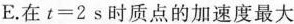
E.在$$t=2s$$时质点的加速度最大